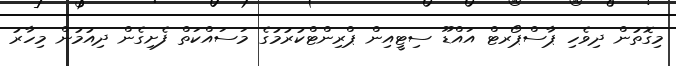
މިގޮތުން ދިވެހި ޕާސްޕޯރޓް އައްޑޫ ސިޓީއިން ޕްރިންޓްކުރުމުގެ މަސައްކަތް ފެށިގެން ދިއުމުން މިހާރު